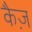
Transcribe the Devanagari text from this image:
कैज़